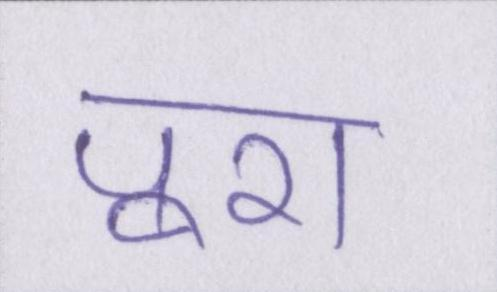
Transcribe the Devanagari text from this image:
पूरा